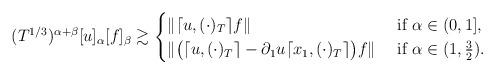
LaTeX: \begin{align*}(T^{1/3})^{\alpha+\beta}[u]_\alpha[f]_\beta \gtrsim\begin{cases} \|\lceil u, (\cdot)_T\rceil f\| &\textrm{ if } \alpha \in (0,1],\\\| \big( \lceil u, (\cdot)_T\rceil-\partial_1 u \lceil x_1, (\cdot)_T\rceil \big) f\| &\textrm{ if } \alpha \in (1, \frac32).\end{cases}\end{align*}